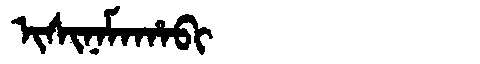
Manchu: ᡳᠰᡳᠨᠠᠮᠠᡥᠠᠪᡳ
Romanization: ISINAMAHABI